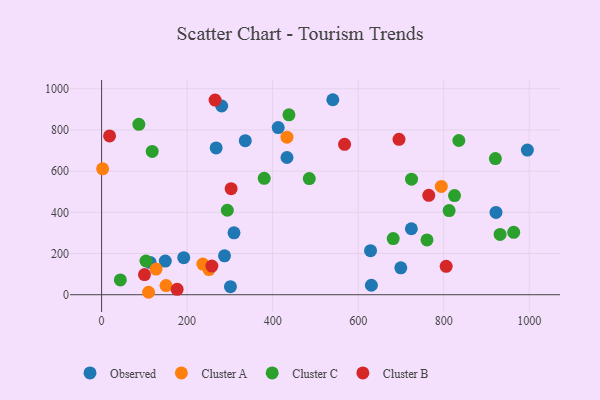
{"axis": {"x": "Distance", "y": "Yield"}, "legend": ["Cluster A", "Cluster B", "Cluster C", "Observed"], "data": [{"x": "699.7", "y": 130.8, "type": "Observed"}, {"x": "113.4", "y": 156.8, "type": "Observed"}, {"x": "724.4", "y": 320.4, "type": "Observed"}, {"x": "192.1", "y": 179.7, "type": "Observed"}, {"x": "336.0", "y": 748.1, "type": "Observed"}, {"x": "628.9", "y": 213.8, "type": "Observed"}, {"x": "433.5", "y": 666.4, "type": "Observed"}, {"x": "540.7", "y": 946.9, "type": "Observed"}, {"x": "309.6", "y": 300.6, "type": "Observed"}, {"x": "149.0", "y": 163.5, "type": "Observed"}, {"x": "287.4", "y": 189.0, "type": "Observed"}, {"x": "301.3", "y": 38.9, "type": "Observed"}, {"x": "280.8", "y": 916.4, "type": "Observed"}, {"x": "995.7", "y": 702.4, "type": "Observed"}, {"x": "267.9", "y": 712.9, "type": "Observed"}, {"x": "630.9", "y": 46.0, "type": "Observed"}, {"x": "922.3", "y": 399.8, "type": "Observed"}, {"x": "413.0", "y": 811.6, "type": "Observed"}, {"x": "2.4", "y": 611.3, "type": "Cluster A"}, {"x": "236.7", "y": 148.6, "type": "Cluster A"}, {"x": "433.4", "y": 765.0, "type": "Cluster A"}, {"x": "794.4", "y": 525.9, "type": "Cluster A"}, {"x": "150.7", "y": 44.2, "type": "Cluster A"}, {"x": "251.2", "y": 122.1, "type": "Cluster A"}, {"x": "127.4", "y": 124.5, "type": "Cluster A"}, {"x": "109.8", "y": 11.9, "type": "Cluster A"}, {"x": "760.9", "y": 265.9, "type": "Cluster C"}, {"x": "963.7", "y": 302.9, "type": "Cluster C"}, {"x": "835.4", "y": 748.8, "type": "Cluster C"}, {"x": "485.7", "y": 563.9, "type": "Cluster C"}, {"x": "43.8", "y": 71.7, "type": "Cluster C"}, {"x": "380.3", "y": 565.3, "type": "Cluster C"}, {"x": "825.3", "y": 481.7, "type": "Cluster C"}, {"x": "87.1", "y": 827.3, "type": "Cluster C"}, {"x": "438.1", "y": 873.6, "type": "Cluster C"}, {"x": "294.0", "y": 410.2, "type": "Cluster C"}, {"x": "920.9", "y": 661.3, "type": "Cluster C"}, {"x": "812.7", "y": 408.7, "type": "Cluster C"}, {"x": "724.8", "y": 561.2, "type": "Cluster C"}, {"x": "103.7", "y": 163.7, "type": "Cluster C"}, {"x": "931.9", "y": 292.8, "type": "Cluster C"}, {"x": "118.3", "y": 696.0, "type": "Cluster C"}, {"x": "681.9", "y": 272.8, "type": "Cluster C"}, {"x": "257.9", "y": 139.3, "type": "Cluster B"}, {"x": "765.1", "y": 482.6, "type": "Cluster B"}, {"x": "100.3", "y": 97.9, "type": "Cluster B"}, {"x": "18.6", "y": 771.1, "type": "Cluster B"}, {"x": "176.6", "y": 26.4, "type": "Cluster B"}, {"x": "695.5", "y": 754.6, "type": "Cluster B"}, {"x": "805.8", "y": 137.8, "type": "Cluster B"}, {"x": "265.4", "y": 945.2, "type": "Cluster B"}, {"x": "568.2", "y": 730.3, "type": "Cluster B"}, {"x": "302.9", "y": 515.2, "type": "Cluster B"}]}